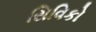
સિવિકો